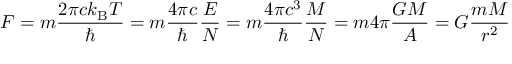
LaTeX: F = m { \frac { 2 \pi c k _ { \mathrm { B } } T } { \hbar } } = m { \frac { 4 \pi c } { \hbar } } { \frac { E } { N } } = m { \frac { 4 \pi c ^ { 3 } } { \hbar } } { \frac { M } { N } } = m 4 \pi { \frac { G M } { A } } = G { \frac { m M } { r ^ { 2 } } }